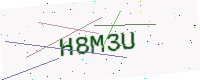
Text: H8M3U